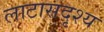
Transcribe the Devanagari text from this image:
लाटासदृश्य